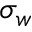
\sigma _ { w }